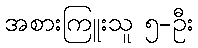
အစားကြူးသူ ၅-ဦး